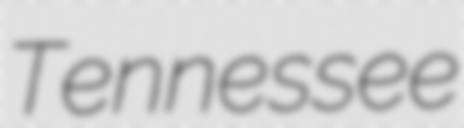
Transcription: Tennessee